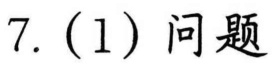
7. (1) 问题